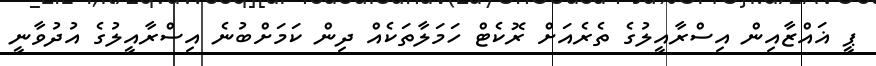
ޕީ ޣައްޒާއިން އިސްރާއީލުގެ ތެރެއަށް ރޮކެޓް ހަމަލާތަކެއް ދިން ކަމަށްބުނެ އިސްރާއީލުގެ އުދުވާނީ